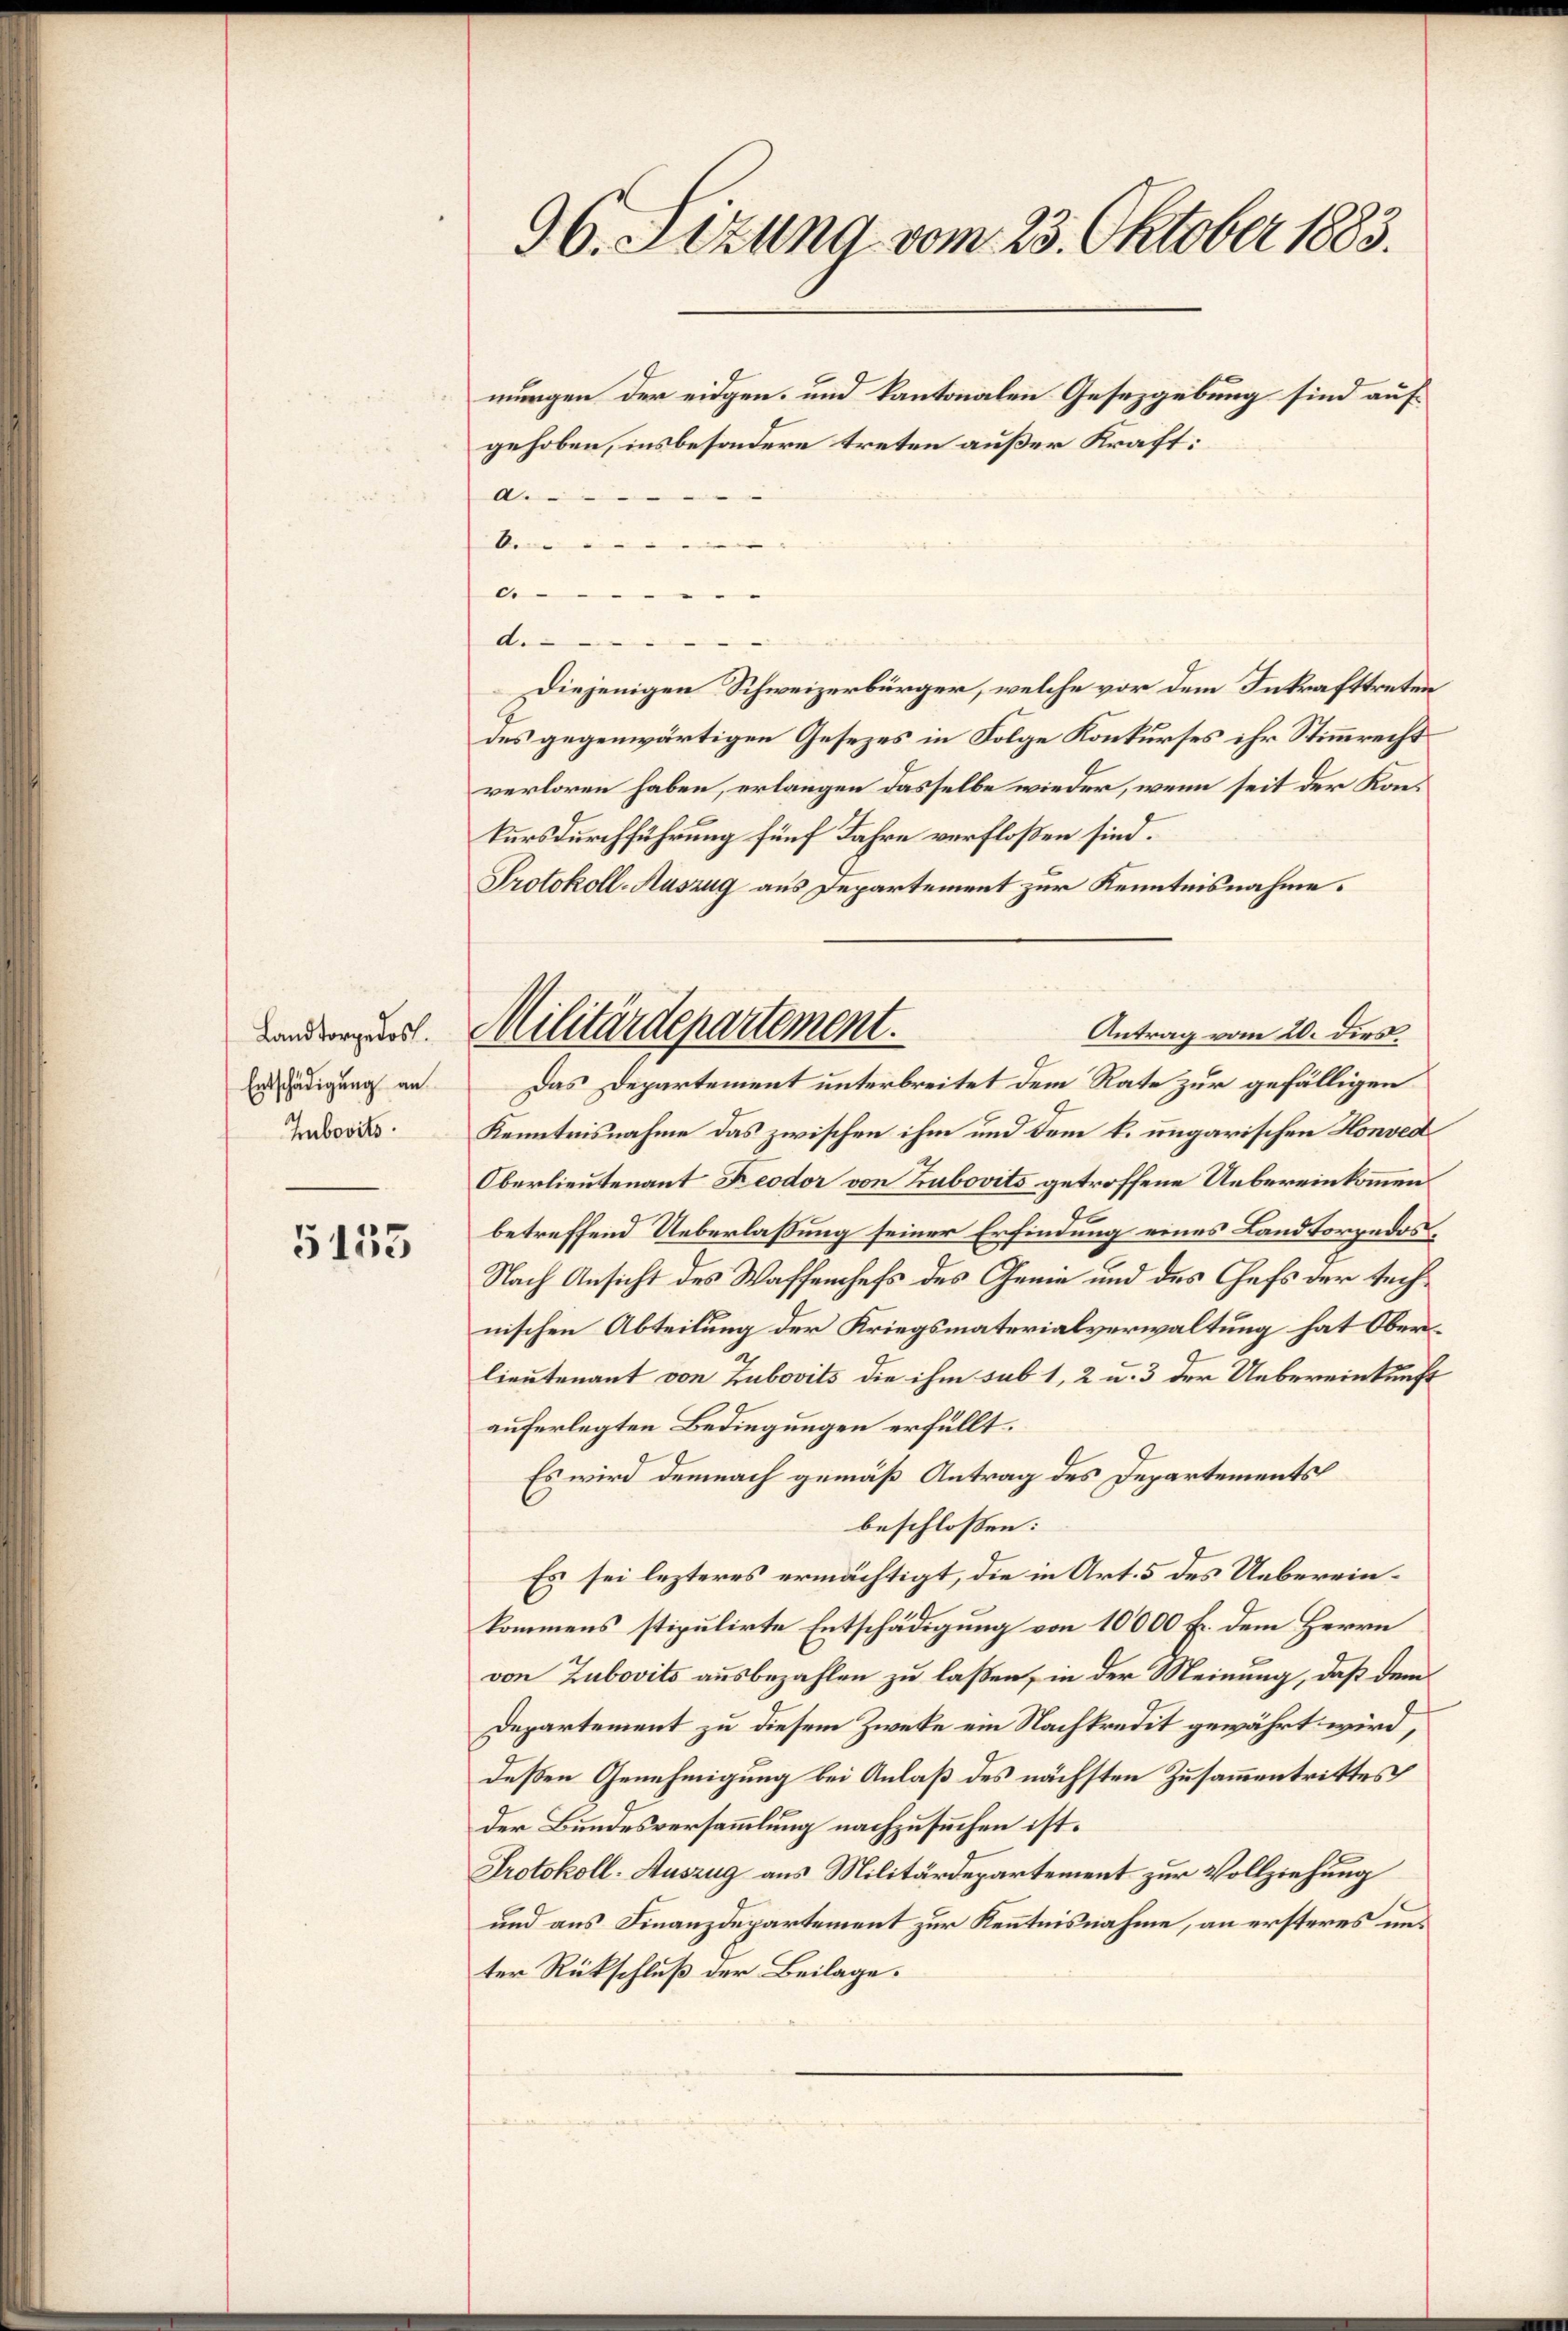
5155

Landtorpedos.
Entschädigung an
Zubovits.

96. Sizung vom 23. Oktober 1883.
mungen der eidgen. und kantonalen Gesetzgebung sind aufgehoben, insbesondere treten außer Kraft:
a.

6.
.
d.
Diejenigen Schweizerbürger, welche vor dem Inkrafttreten
des gegenwärtigen Gesetzes in Folge Konkurses ihr Stimmrecht
verloren haben, erlangen dasselbe wieder, wenn seit der Konkursdurchführung fünf Jahre verfloßen sind.
Protokoll-Auszug aus Departement zur Kenntnisnahme.
Antrag vom 20. dies
Kenntnisnahme das zwischen ihm und dem k. ungarischen Honved
Oberlieutenant Reodor von Zubovits getroffene Uebereinkommen
.
betreffend Ueberlaßung seiner Erfindung eines Landtorpedos¬
Nach Ansicht des Waffenchefs des Genie und des Chefs der technischen Abteilung der Kriegsmaterialverwaltung hat Oberlieutenant von Zubovits die ihm sub 1, 2 u. 3 der Uebereinkunft
auferlegten Bedingungen erfüllt.
Es wird demnach gemäß Antrag des Departements
beschlossen:
Es sei lezteres ermächtigt, die in Art. 5 des Uebereinkommens stipulirte Entschädigung von 10000 Fr. dem Herrn
von Zubovits ausbezahlen zu laßen, in der Meinung, daß dem
Departement zu diesem Zwete ein Nachkredit gewährt wird,
deßen Genehmigung bei Anlaß des nächsten Zusammentrittes
der Bundesversammlung nachzusuchen ist.
Protokoll-Auszug aus Militärdepartement zur Vollziehung
und aus Finanzdepartement zur Kenntnisnahme, an ersteres unter Rückschluß der Beilage.

Militärdepartement.
Das Departement unterbreitet dem Rate zur gefälligen